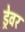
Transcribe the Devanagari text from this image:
ड्रेवर